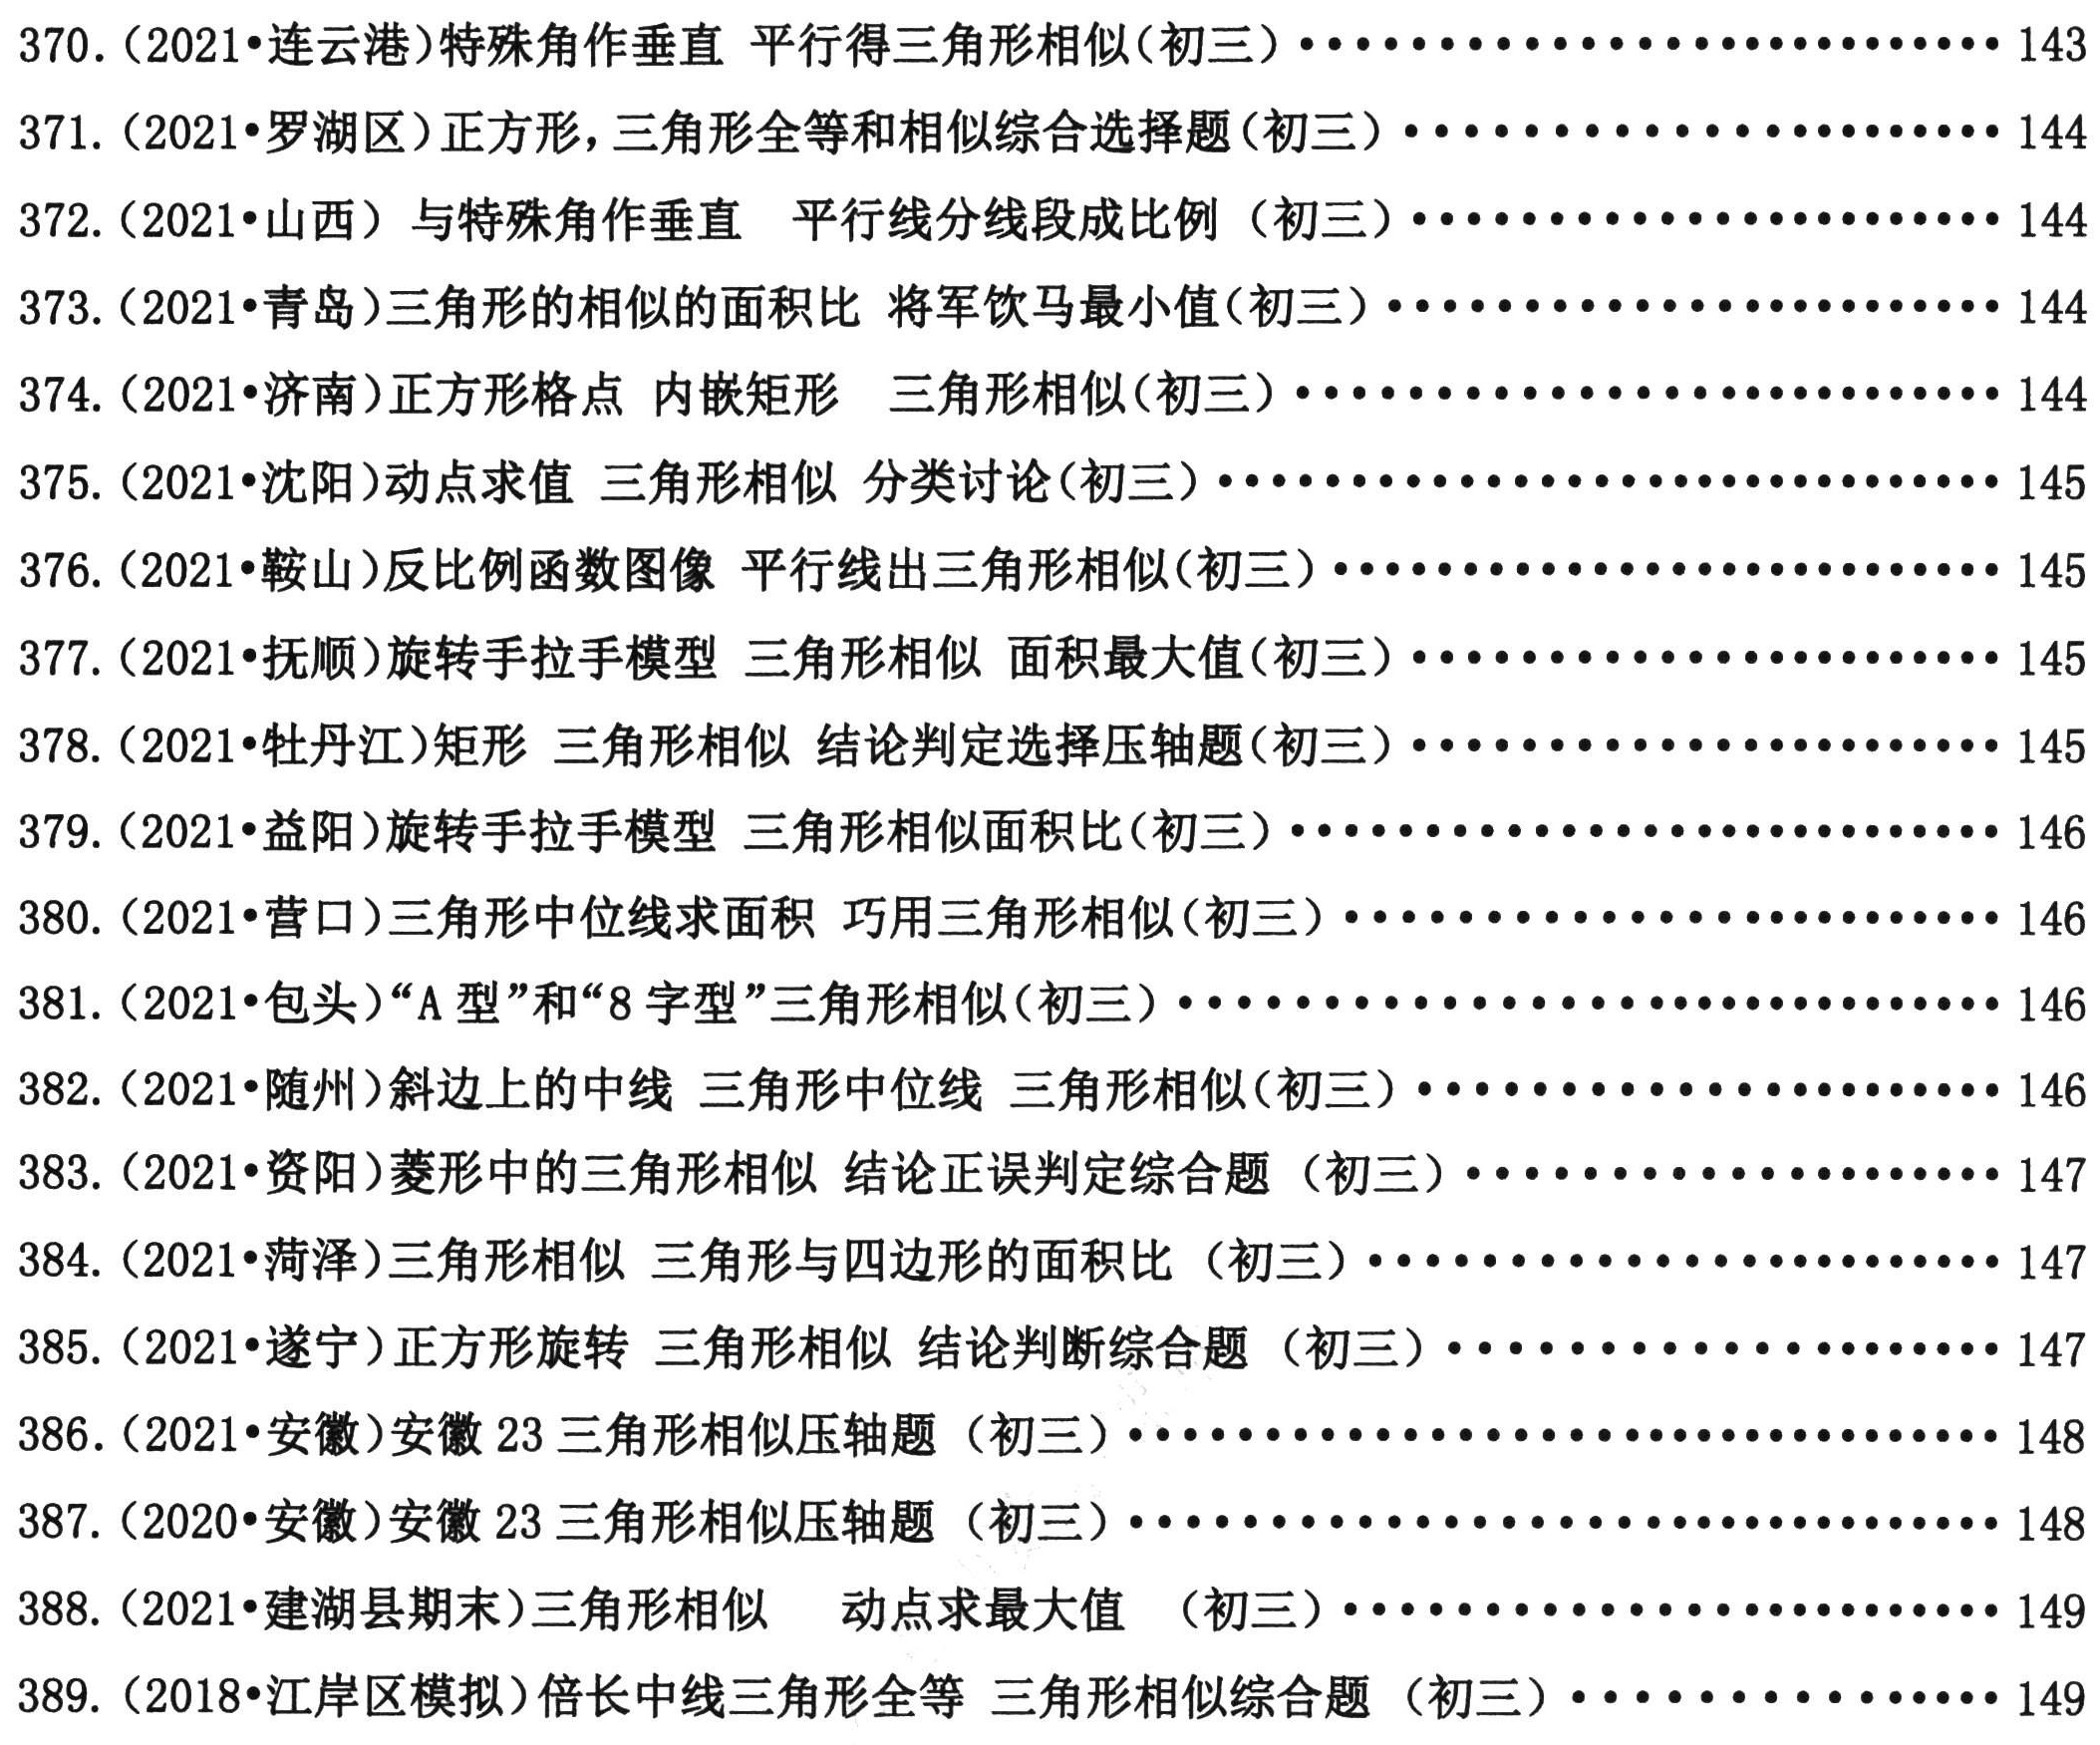
370. (2021•连云港)特殊角作垂直 平行得三角形相似(初三)........................143
371. (2021•罗湖区)正方形，三角形全等和相似综合选择题(初三)......................144
372. (2021•山西) 与特殊角作垂直 平行线分线段成比例 (初三)......................144
373. (2021•青岛)三角形的相似的面积比 将军饮马最小值(初三)......................144
374. (2021•济南)正方形格点 内嵌矩形 三角形相似(初三)......................144
375. (2021•沈阳)动点求值 三角形相似 分类讨论(初三)......................145
376. (2021•鞍山)反比例函数图像 平行线出三角形相似(初三)......................145
377. (2021•抚顺)旋转手拉手模型 三角形相似 面积最大值(初三)......................145
378. (2021•牡丹江)矩形 三角形相似 结论判定选择压轴题(初三)......................145
379. (2021•益阳)旋转手拉手模型 三角形相似面积比(初三)......................146
380. (2021•营口)三角形中位线求面积 巧用三角形相似(初三)......................146
381. (2021•包头)“A 型”和“8 字型”三角形相似(初三)......................146
382. (2021•随州)斜边上的中线 三角形中位线 三角形相似(初三)......................146
383. (2021•资阳)菱形中的三角形相似 结论正误判定综合题 (初三) ......................147
384. (2021•菏泽)三角形相似 三角形与四边形的面积比 (初三) ......................147
385. (2021•遂宁)正方形旋转 三角形相似压轴题 结论判断综合题 ......................147
386. (2021•安徽)安徽 23 三角形相似压轴题 (初三)......................148
387. (2020•安徽)安徽 23 三角形相似压轴题 (初三)......................148
388. (2021•建湖县期末)三角形相似  动点求最大值  (初三)......................149
389. (2018•江岸区模拟)倍长中线三角形全等 三角形相似综合题 (初三) ......................149